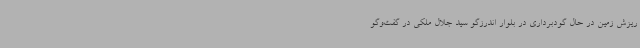
ریزش زمین در حال گودبرداری در بلوار اندرزگو سید جلال ملکی در گفت‌وگو